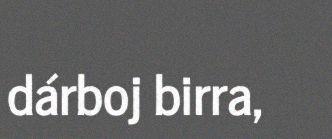
dárboj birra,